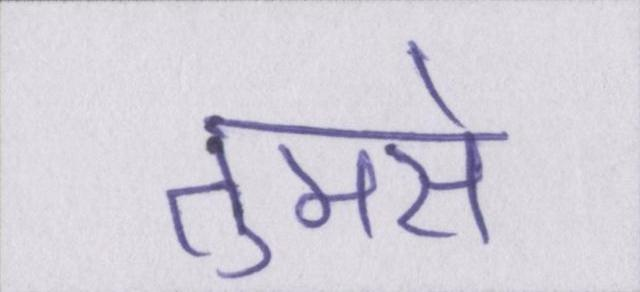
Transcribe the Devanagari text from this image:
तुमसे